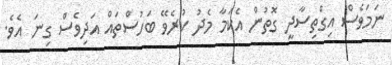
ނަމަވެސް އިގްތިސާދީ ގޮތުން އެކަމާ މެދު ކުރެވޭ ބަހުސްތައް އަދިވެސް ގިނަ އެވެ.